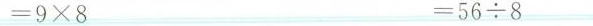
=9\times8 =56\div8